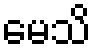
မေသိ